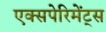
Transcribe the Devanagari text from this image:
एक्सपेरिमेंट्स